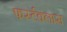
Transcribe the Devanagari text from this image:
फर्स्टक्लास